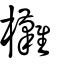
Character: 㰙